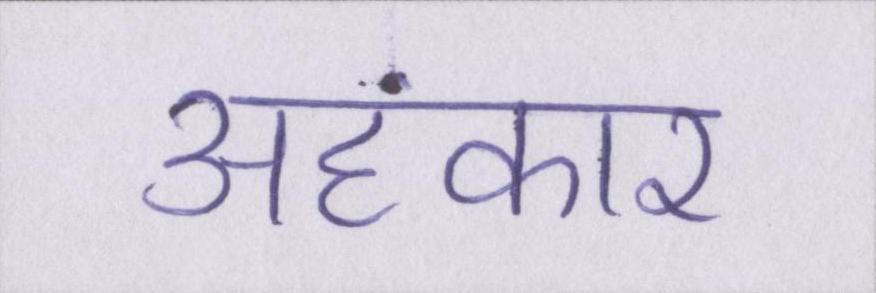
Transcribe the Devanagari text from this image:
अहंकार